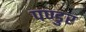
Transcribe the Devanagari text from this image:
पण्डुर